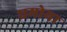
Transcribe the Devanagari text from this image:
घमोया